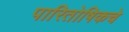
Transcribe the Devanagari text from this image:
पारितोषिकचे